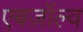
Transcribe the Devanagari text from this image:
एबज़ॉल्व